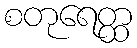
စတုရေတ္ထ